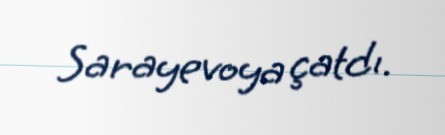
Sarayevoya çatdı.